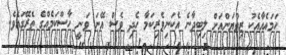
ހަމައެއާއެކު ޒިވްޔަންއަށް ލިބިދާނެ އެކަނިވެރިކަމާ ހެދި ވެސް އޭނަ ވަނީ ހާސްކަމެއްގެ ތެރޭގައެވެ.